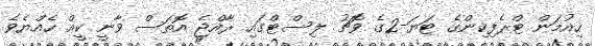
ހިއުމަން ޓްރެފިކިންގެ ޓަޔަ-2ގެ ވޮޗު ލިސްޓްގައި ރާއްޖެ އޮތަސް ވާނީ ކީއް ހެއްޔެވެ